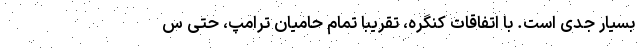
بسیار جدی است. با اتفاقات کنگره، تقریباً تمام حامیان ترامپ، حتی س